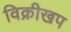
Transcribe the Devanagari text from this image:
विक्रीखप